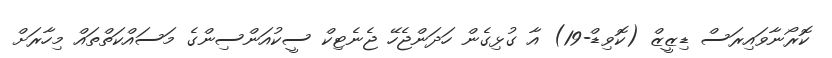
ކޮރޯނާވައިރަސް ޑިޒީޒް (ކޮވިޑް-19) އާ ގުޅިގެން ހަދަންޖެހޭ ޖެނެޓިކް ސީކުއަންސިންގެ މަސައްކަތްތައް މިހާރަށް